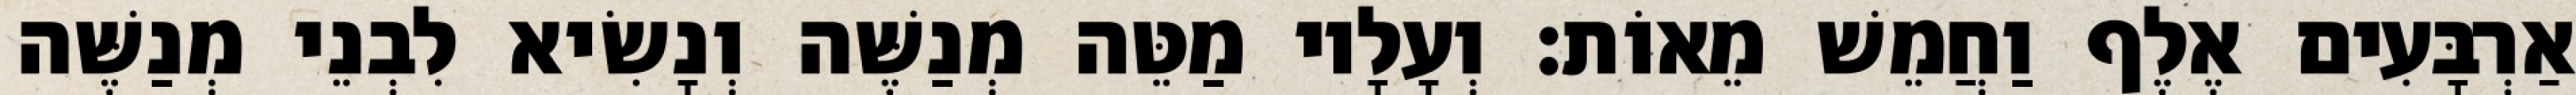
אַרְבָּעִים אֶלֶף וַחֲמֵשׁ מֵאוֹת׃ וְעָלָיו מַטֵּה מְנַשֶּׁה וְנָשִׂיא לִבְנֵי מְנַשֶּׁה